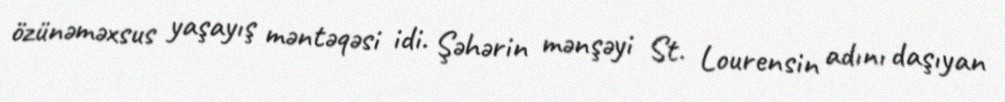
özünəməxsus yaşayış məntəqəsi idi. Şəhərin mənşəyi St. Lourensin adını daşıyan